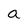
Character: a